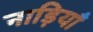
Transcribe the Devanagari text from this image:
नाड़ियॉं